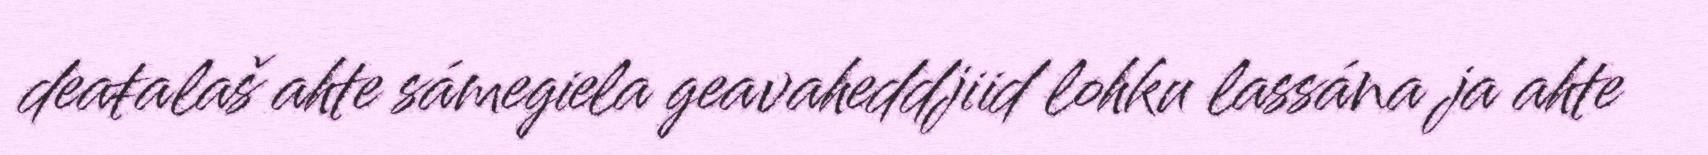
deaŧalaš ahte sámegiela geavaheddjiid lohku lassána ja ahte